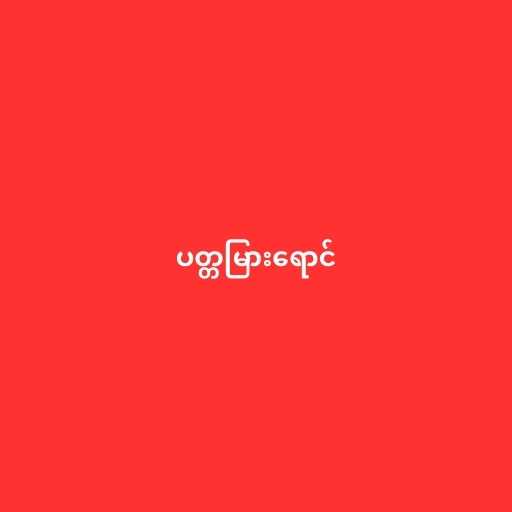
ပတ္တမြားရောင်